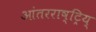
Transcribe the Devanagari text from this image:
आंतरराष्ट्रिय्